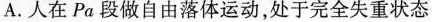
A.人在Pa段做自由落体运动，处于完全失重状态